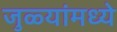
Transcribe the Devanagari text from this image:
जुळ्यांमध्ये